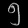
Digit: ၅